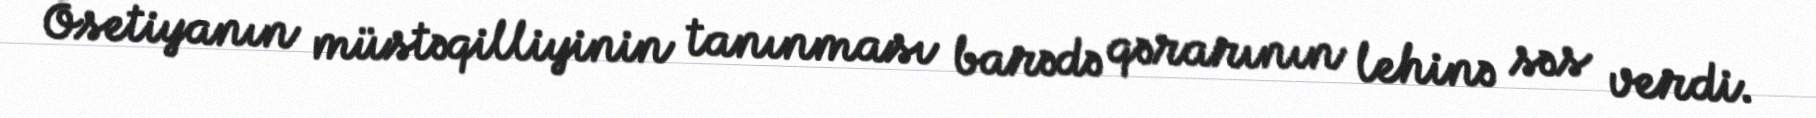
Osetiyanın müstəqilliyinin tanınması barədə qərarının lehinə səs verdi.